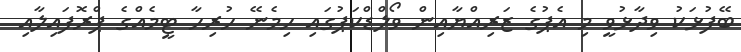
ބޭފުޅަކު ވިދާޅުވީ މި އެޕުގެ ޒަރިއްޔާއިން ވޯލްޑްކަޕުގައި ހިމެނޭ ހުރިހާ ޓީމެއްގެ ޕްރޮފައިލާއި